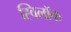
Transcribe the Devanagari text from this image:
ह्विलॉक